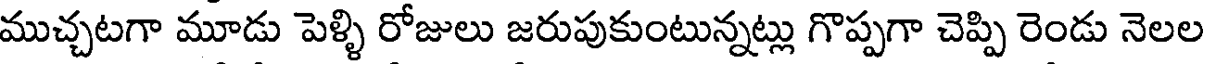
ముచ్చటగా మూడు పెళ్ళి రోజులు జరుపుకుంటున్నట్లు గొప్పగా చెప్పి రెండు నెలల